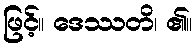
ဖြင့်။ ဒေဿတိ၊ ၏။